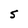
Character: 5